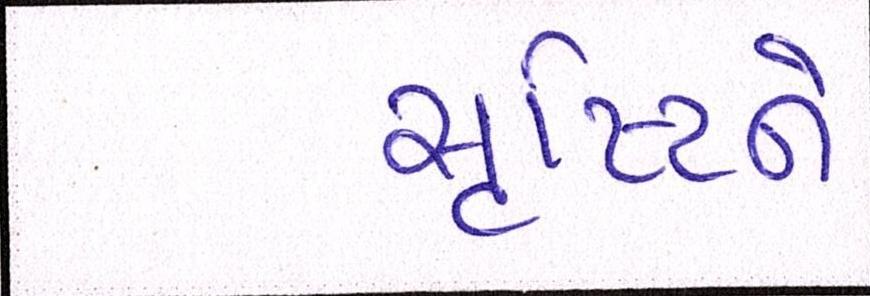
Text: સૃષ્ટિને